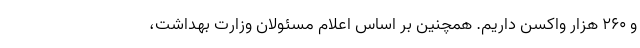
و ۲۶۰ هزار واکسن داریم. همچنین بر اساس اعلام مسئولان وزارت بهداشت،